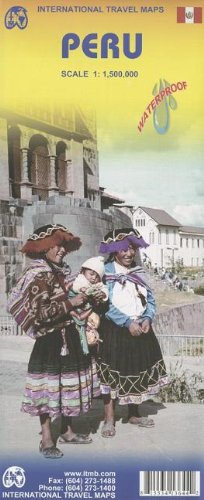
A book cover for Peru 1:1,500,000 Travel Map (International Travel Maps); ITM Canada; Travel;